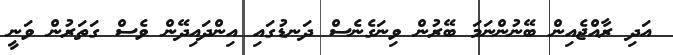
އަދި ރާއްޖެއިން ބޭނުންނަމަ ބޭރުން ވިނަގެނެސް ދަނޑުގައި އިންދައިދޭން ވެސް ގަތަރުން ވަނީ